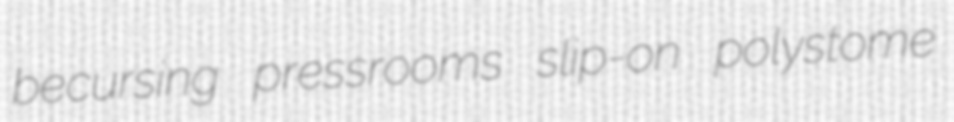
becursing pressrooms slip-on polystome